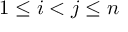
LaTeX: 1 \leq i < j \leq n